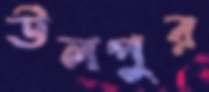
উলপুর